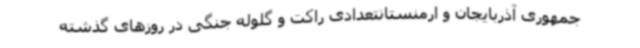
جمهوری آذربایجان و ارمنستانتعدادی راکت و گلوله جنگی در روزهای گذشته